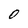
Character: 0